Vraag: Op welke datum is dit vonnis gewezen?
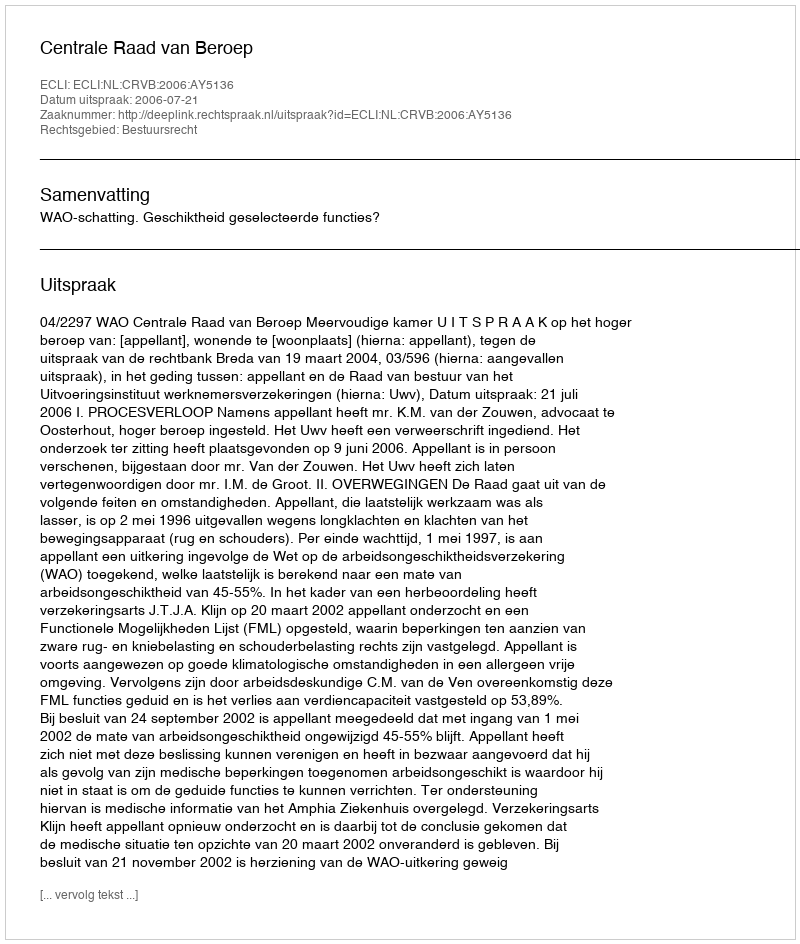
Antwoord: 2006-07-21